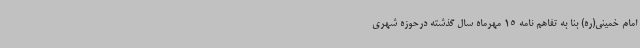
امام خمینی(ره) بنا به تفاهم ‌نامه 15 مهرماه سال گذشته درحوزه شهری